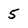
Character: 5